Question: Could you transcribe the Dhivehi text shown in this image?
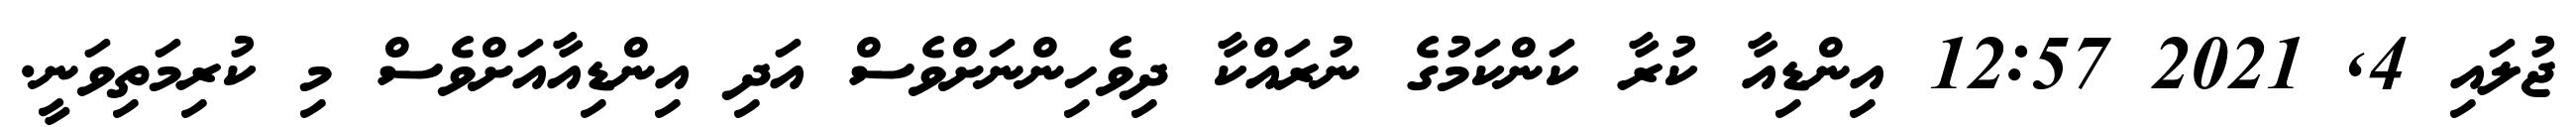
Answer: ޖުލައި 4, 2021 12:57 އިންޑިއާ ކުރާ ކަންކަމުގެ ނުރައްކާ ދިވެހިންނަށްވެސް އަދި އިންޑިއާއަށްވެސް މި ކުރިމަތިވަނީ.